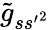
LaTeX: \tilde{g}_{s{s^{\prime}}^{2}}